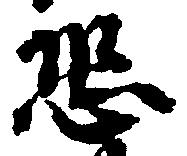
恐